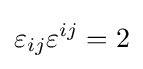
\varepsilon _{ij}\varepsilon ^{ij}=2